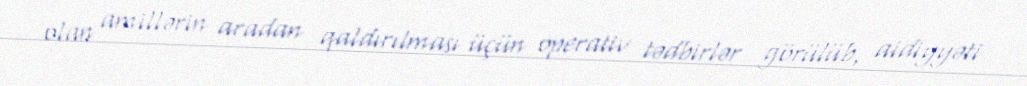
olan amillərin aradan qaldırılması üçün operativ tədbirlər görülüb, aidiyyəti